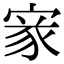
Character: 𡩙